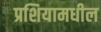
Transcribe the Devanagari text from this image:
प्रशियामधील